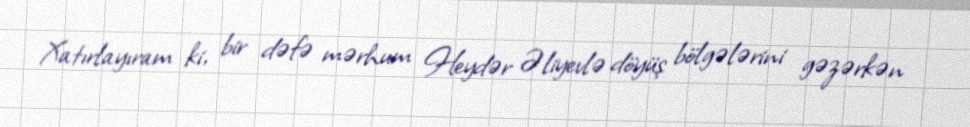
Xatırlayıram ki, bir dəfə mərhum Heydər Əliyevlə döyüş bölgələrini gəzərkən